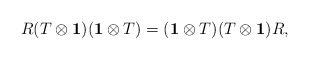
\begin{align*}R(T\otimes {\bf 1})({\bf 1}\otimes T)=({\bf 1}\otimes T)(T\otimes {\bf 1})R,\\\end{align*}